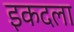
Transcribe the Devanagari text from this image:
इकदला